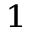
^ 1